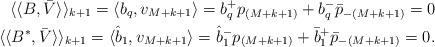
LaTeX: \begin{align*}\langle\langle B, \bar{V} \rangle\rangle_{k+1}=\langle b_q, v_{M+k+1}\rangle= b^+_q p_{(M+k+1)}+b^-_q \bar{p}_{-(M+k+1)}= 0\\\langle\langle B^*, \bar{V} \rangle\rangle_{k+1}=\langle \hat{b}_1, v_{M+k+1}\rangle= \hat{b}^-_1 p_{(M+k+1)}+\bar{b}^+_1 \bar{p}_{-(M+k+1)}= 0.\end{align*}